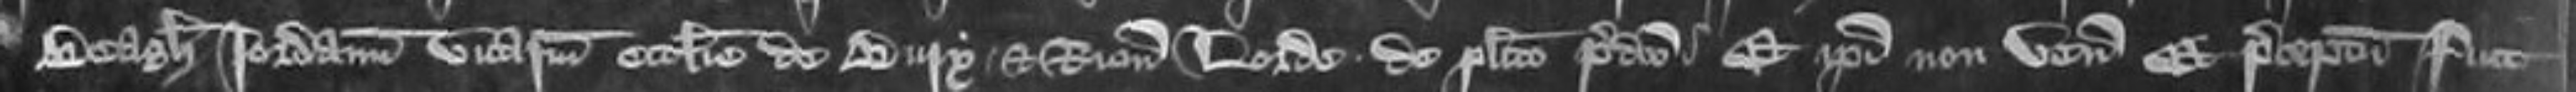
Beagh Jordanum vicariam ecclesie de Bury et Ricardum Lorde de placito predicto Et ipsi non venerunt et preceptum fuit